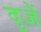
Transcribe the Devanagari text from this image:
दुजें